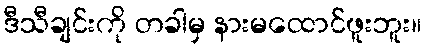
ဒီသီချင်းကို တခါမှ နားမထောင်ဖူးဘူး။